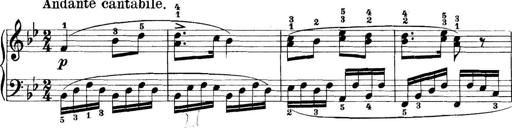
Title: 11 Sonatinas
Composer: Anton Diabelli